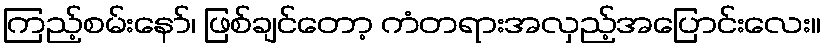
ကြည့်စမ်းနော်၊ ဖြစ်ချင်တော့ ကံတရားအလှည့်အပြောင်းလေး။